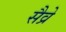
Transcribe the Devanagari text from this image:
सैव्रे